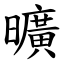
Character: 曠